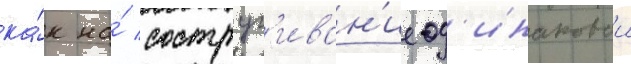
ка́к на́ соструг'иван'ие од'инаковои